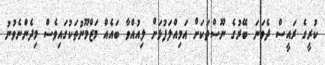
ކުރީގެ ރައީސް ދެވަނަ ބޭރުގެ ނޫސްތަކަށް އަމިއްލަފުޅަށް ލިއުއްވާ ބައެއް މަޒްމޫނުތަކުގައިވެސް މިދެންނެވުނު